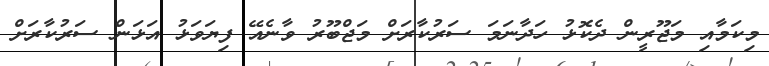
މިކަމާއި މަޖޫރީން ދެކޮޅު ހަދާނަމަ ސަރުކާރަށް މަޖްބޫރު ވާނެއޭ ފިޔަވަޅު އަޅަން ސަރުކާރަށް